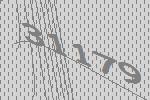
31179